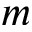
m